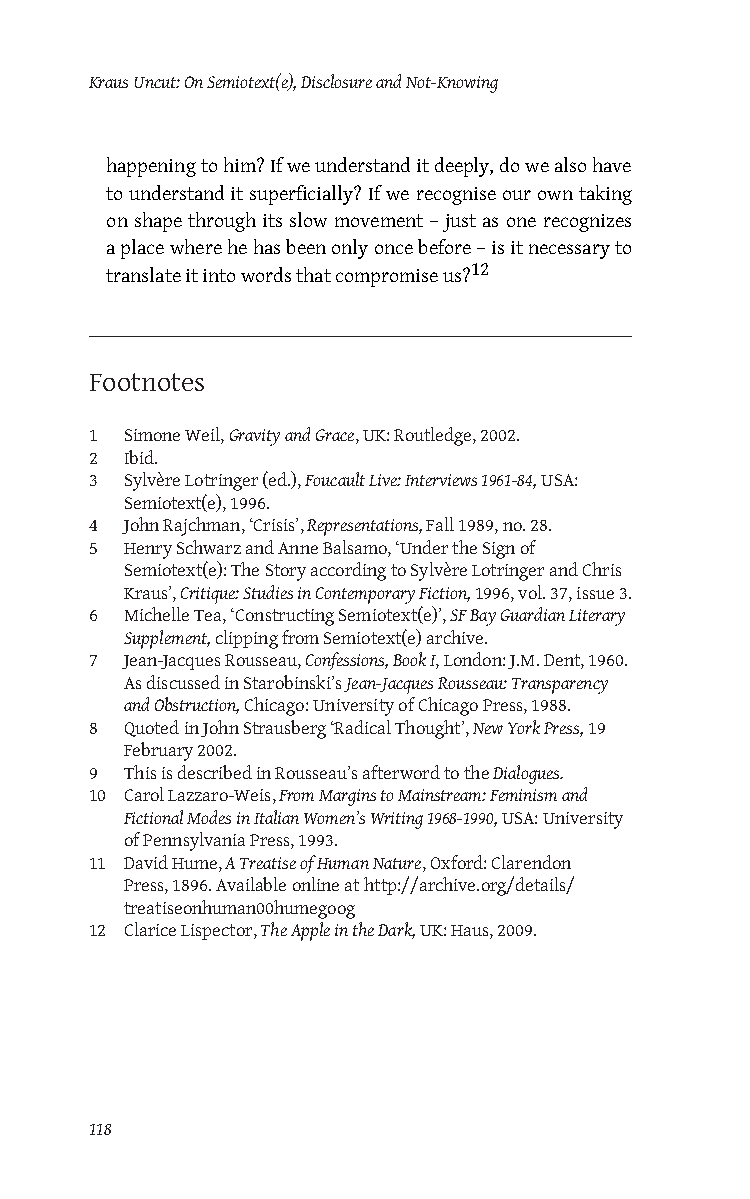
Kraus Uncut: On Semiotext(e), Disclosure and Not-Knowing
 happening to him? If we understand it deeply, do we also have
 to understand it superficially? If we recognise our own taking
 on shape through its slow movement – just as one recognizes
 a place where he has been only once before – is it necessary to
 12
 translate it into words that compromise us?
 Footnotes
 1 Simone Weil, Gravity and Grace, UK: Routledge, 2002.
 2 Ibid.
 3 Sylvère Lotringer (ed.), Foucault Live: Interviews 1961-84, USA:
 Semiotext(e), 1996.
 4 John Rajchman, ‘Crisis’, Representations, Fall 1989, no. 28.
 5 Henry Schwarz and Anne Balsamo, ‘Under the Sign of
 Semiotext(e): The Story according to Sylvère Lotringer and Chris
 Kraus’, Critique: Studies in Contemporary Fiction, 1996, vol. 37, issue 3.
 6 Michelle Tea, ‘Constructing Semiotext(e)’, SF Bay Guardian Literary
 Supplement, clipping from Semiotext(e) archive.
 7 Jean-Jacques Rousseau, Confessions, Book I, London: J.M. Dent, 1960.
 As discussed in Starobinski’s Jean-Jacques Rousseau: Transparency
 and Obstruction, Chicago: University of Chicago Press, 1988.
 8 Quoted in John Strausberg ‘Radical Thought’, New York Press, 19
 February 2002.
 9 This is described in Rousseau’s afterword to the Dialogues.
 10 Carol Lazzaro-Weis, From Margins to Mainstream: Feminism and
 Fictional Modes in Italian Women’s Writing 1968-1990, USA: University
 of Pennsylvania Press, 1993.
 11 David Hume, A Treatise of Human Nature, Oxford: Clarendon
 Press, 1896. Available online at http://archive.org/details/
 treatiseonhuman00humegoog
 12 Clarice Lispector, The Apple in the Dark, UK: Haus, 2009.
 118